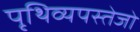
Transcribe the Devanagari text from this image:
पृथिव्यपस्तेजो